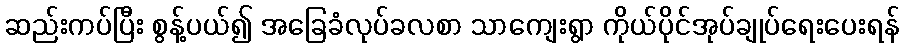
ဆည်းကပ်ပြီး စွန့်ပယ်၍ အခြေခံလုပ်ခလစာ သာကျေးရွာ ကိုယ်ပိုင်အုပ်ချုပ်ရေးပေးရန်